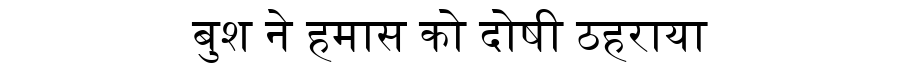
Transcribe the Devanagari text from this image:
बुश ने हमास को दोषी ठहराया